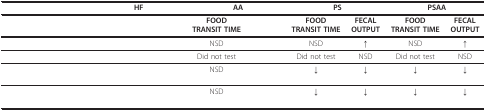
<table><thead><tr><td>[EMPTY_CELL]</td><td colspan="2"><b>HF</b></td><td colspan="2"><b>AA</b></td><td colspan="2"><b>PS</b></td><td colspan="2"><b>PSAA</b></td></tr></thead><tbody><tr><td>[EMPTY_CELL]</td><td>[EMPTY_CELL]</td><td>[EMPTY_CELL]</td><td><b>FOOD TRANSIT TIME</b></td><td>[EMPTY_CELL]</td><td><b>FOOD TRANSIT TIME</b></td><td><b>FECAL OUTPUT</b></td><td><b>FOOD TRANSIT TIME</b></td><td><b>FECAL OUTPUT</b></td></tr><tr><td>[EMPTY_CELL]</td><td>[EMPTY_CELL]</td><td>[EMPTY_CELL]</td><td>NSD</td><td>[EMPTY_CELL]</td><td>NSD</td><td>↑</td><td>NSD</td><td>↑</td></tr><tr><td>[EMPTY_CELL]</td><td>[EMPTY_CELL]</td><td>[EMPTY_CELL]</td><td>Did not test</td><td>[EMPTY_CELL]</td><td>Did not test</td><td>NSD</td><td>Did not test</td><td>NSD</td></tr><tr><td>[EMPTY_CELL]</td><td>[EMPTY_CELL]</td><td>[EMPTY_CELL]</td><td>NSD</td><td>[EMPTY_CELL]</td><td>↓</td><td>↓</td><td>↓</td><td>↓</td></tr><tr><td>[EMPTY_CELL]</td><td>[EMPTY_CELL]</td><td>[EMPTY_CELL]</td><td>NSD</td><td>[EMPTY_CELL]</td><td>↓</td><td>↓</td><td>↓</td><td>↓</td></tr></tbody></table>